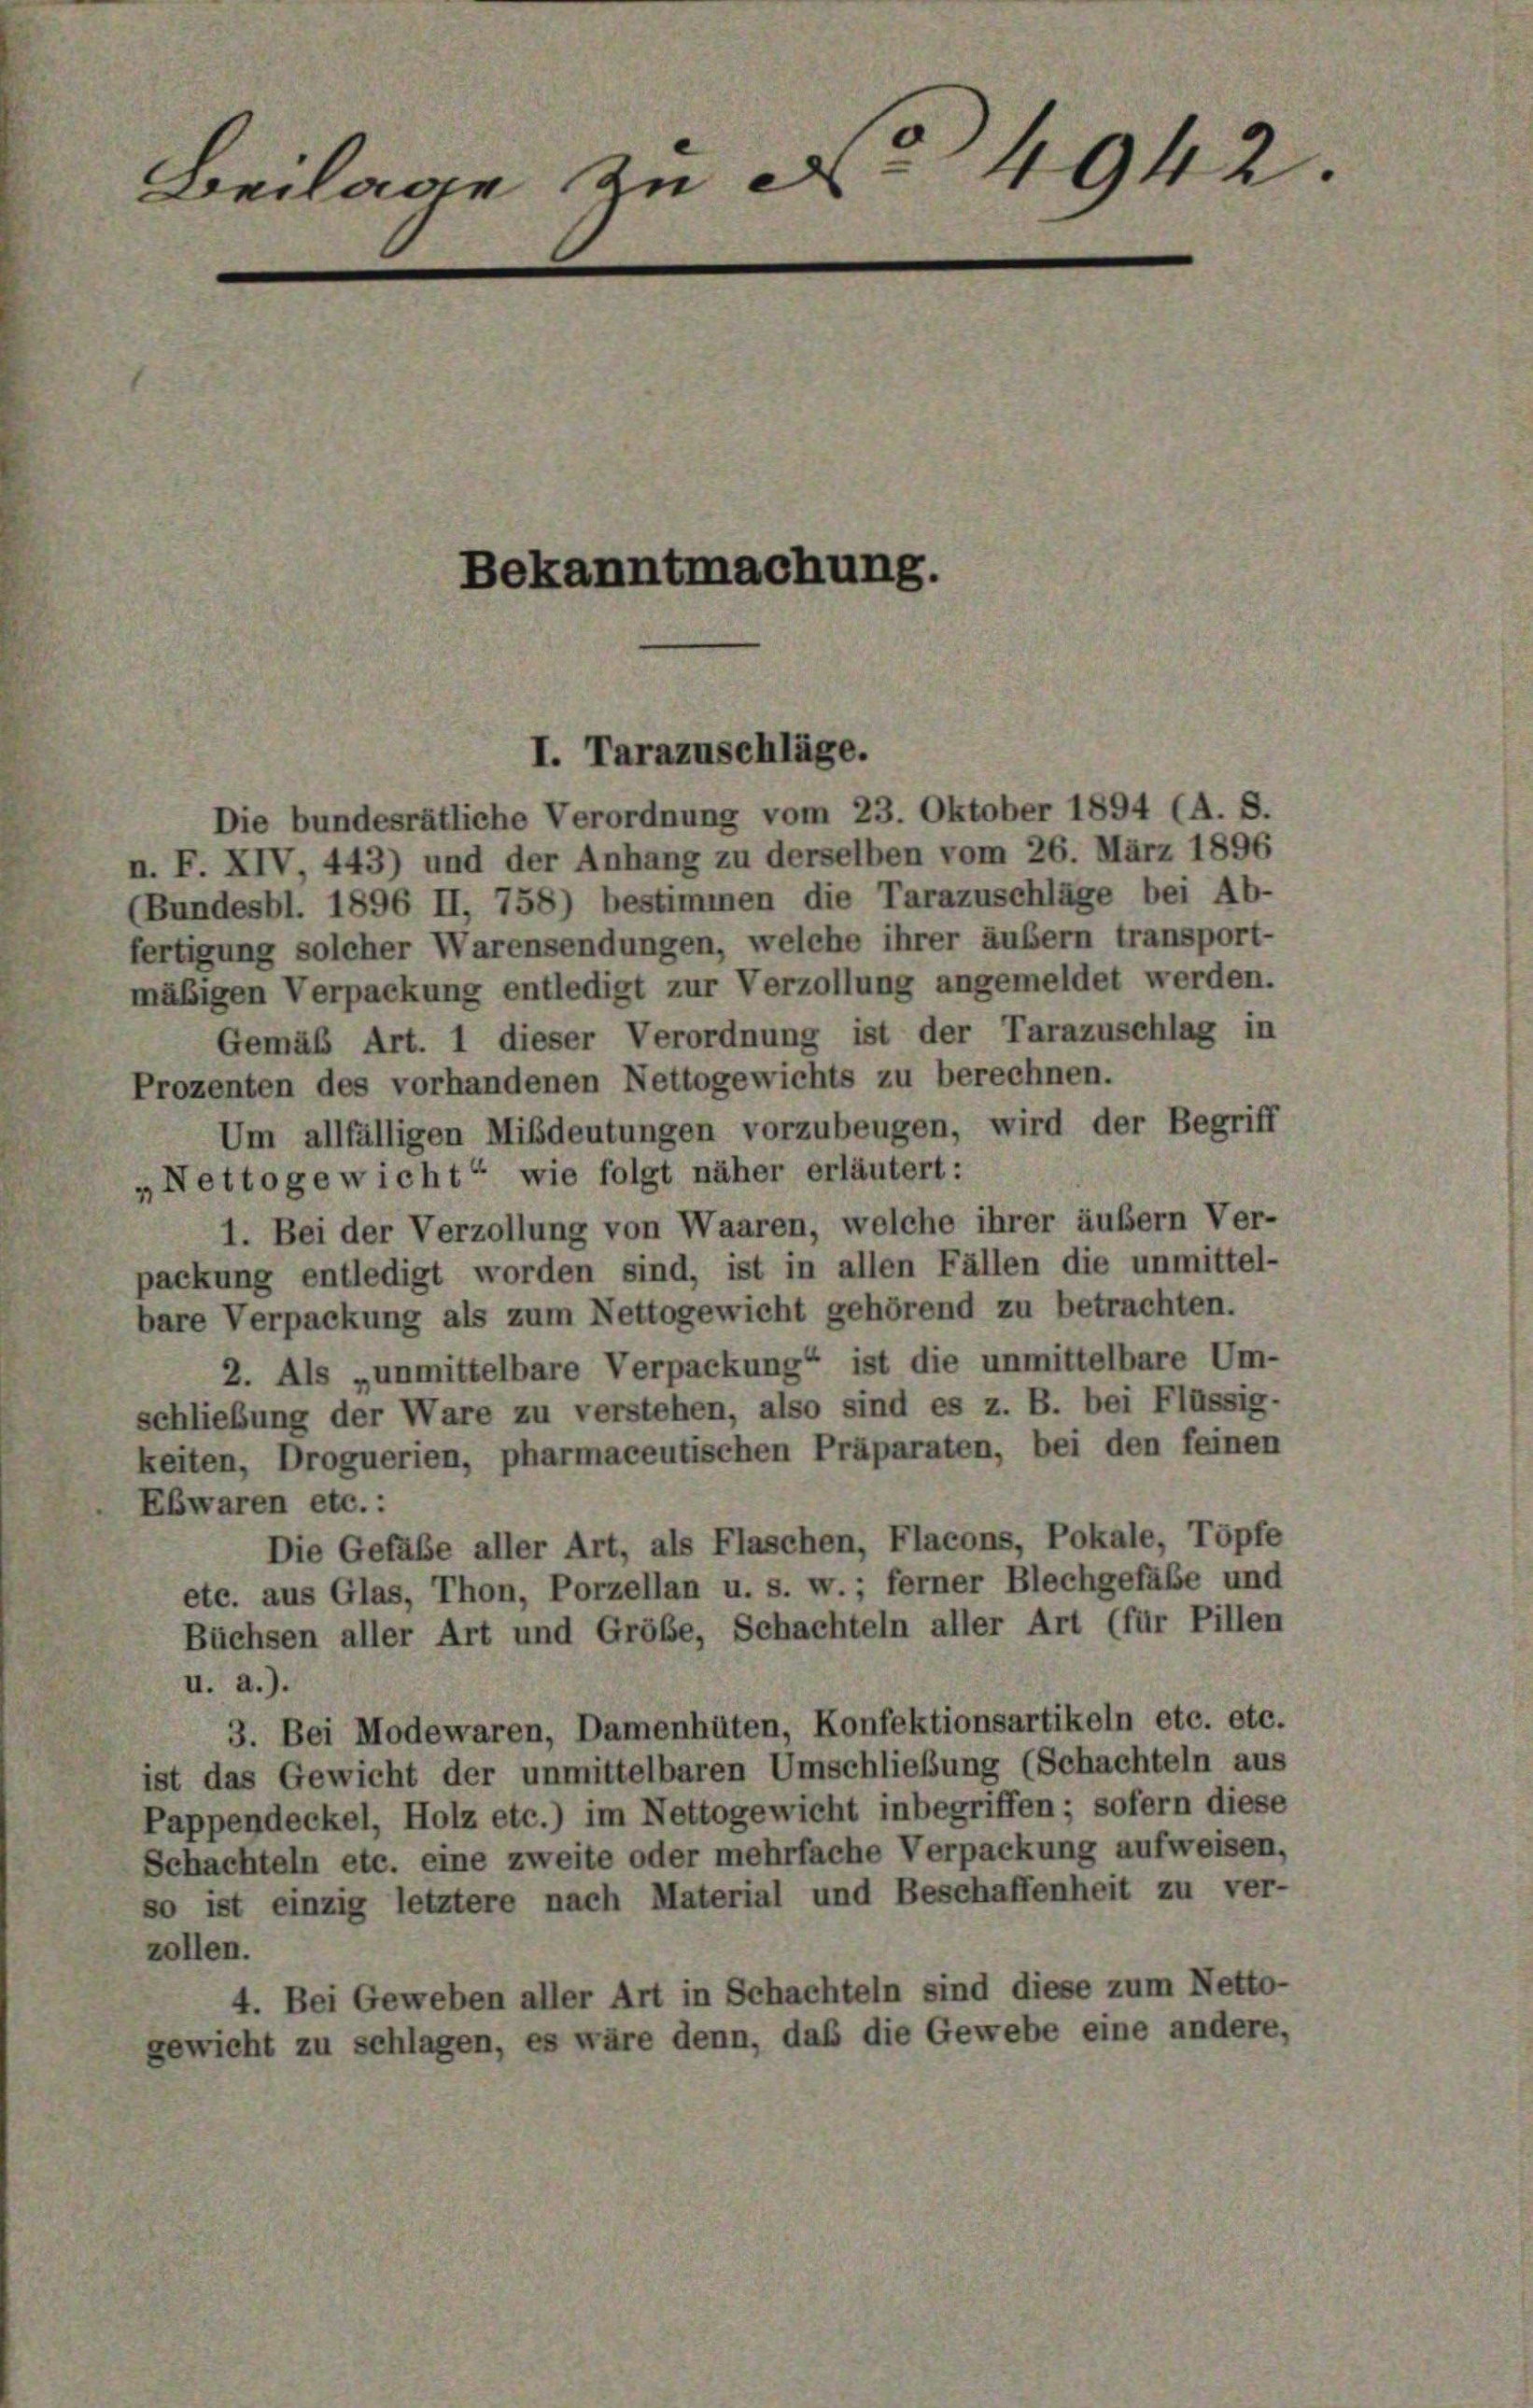
Beilage zu A 4942

Die bundesrätliche Verordnung vom 23. Oktober 1894 (A. S.
n. F. XIV, 443) und der Anhang zu derselben vom 26. März 1896
(Bundesbl. 1896 II, 758) bestimmen die Tarazuschläge bei Ab-
fertigung solcher Warensendungen, welche ihrer äußern transport-
mäßigen Verpackung entledigt zur Verzollung angemeldet werden.
Gemäß Art. 1 dieser Verordnung ist der Tarazuschlag in
Prozenten des vorhandenen Nettogewichts zu berechnen.
Um allfälligen Mißdeutungen vorzubeugen, wird der Begriff
Nettogewicht“ wie folgt näher erläutert:
1. Bei der Verzollung von Waaren, welche ihrer äußern Ver-
packung entledigt worden sind, ist in allen Fällen die unmittel-
bare Verpackung als zum Nettogewicht gehörend zu betrachten.
2. Als „unmittelbare Verpackung“ ist die unmittelbare Um-
schließung der Ware zu verstehen, also sind es z. B. bei Flüssig-
keiten, Droguerien, pharmaceutischen Präparaten, bei den feinen
Ebwaren etc. :
Die Gefäße aller Art, als Flaschen, Flacons, Pokale, Töpfe
etc. aus Glas, Thon, Porzellan u. s. w.; ferner Blechgefäße und
Büchsen aller Art und Gröbe, Schachteln aller Art (für Pillen
u. a.).
3. Bei Modewaren, Damenhüten, Konfektionsartikeln etc. etc.
ist das Gewicht der unmittelbaren Umschließung (Schachteln aus
Pappendeckel, Holz etc.) im Nettogewicht inbegriffen; sofern diese
Schachteln etc. eine zweite oder mehrfache Verpackung aufweisen,
so ist einzig letztere nach Material und Beschaffenheit zu ver-
zollen.
4. Bei Geweben aller Art in Schachteln sind diese zum Netto-
gewicht zu schlagen, es wäre denn, daß die Gewebe eine andere,

Bekanntmachung.

I. Tarazuschläge.